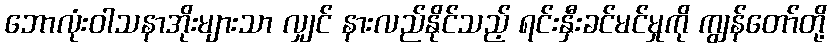
ဘောလုံးဝါသနာအိုးများသာ လျှင် နားလည်နိုင်သည့် ရင်းနှီးခင်မင်မှုကို ကျွန်တော်တို့